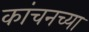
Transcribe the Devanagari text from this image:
कांचनच्या